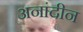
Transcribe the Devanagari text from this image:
अनांदीन